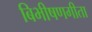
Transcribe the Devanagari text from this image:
बिभीषणगीता